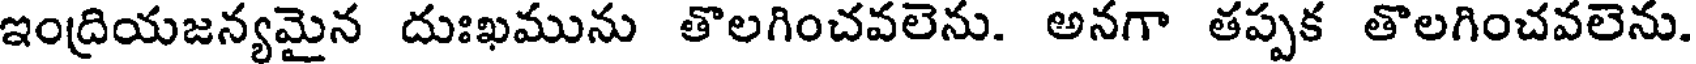
ఇంద్రియజన్యమైన దుఃఖమును తొలగించవలెను. అనగా తప్పక తొలగించవలెను.